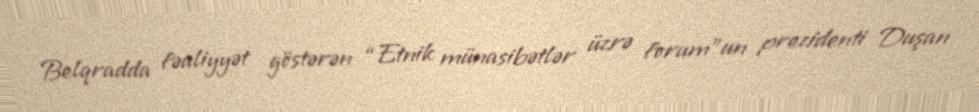
Belqradda fəaliyyət göstərən “Etnik münasibətlər üzrə forum”un prezidenti Duşan